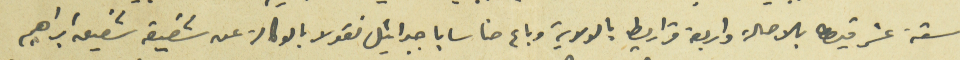
ستة عشر قيراط بالاصالة واربعة قراريط بالولاية وباع حنا سابا جبرائيل نقولا بالوكالة عن شقيقه شفيق ابراهيم